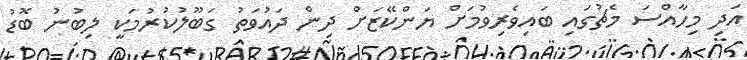
އަދި މިހާއްސަ މެޗުގައި ބައިވެރިވުމަށް ޔަންކޭޒަށް ދިން ދައުވަތު ގަބޫލުކުރުމަކީ ލިބުނު ބޮޑު